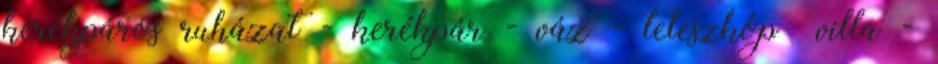
kerékpáros ruházat - kerékpár - váz - teleszkóp villa -